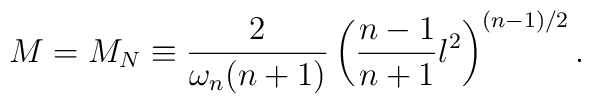
M= M_N \equiv \frac{2}{\omega_n (n+1)}\left(\frac{n-1}{n+1}l^2\right)^{(n-1)/2}.